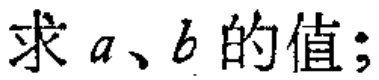
求 \(a、b\) 的值；